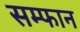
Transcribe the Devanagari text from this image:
सम्फान